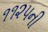
૧૧૨૫ની